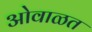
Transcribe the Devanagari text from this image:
ओवाळत